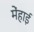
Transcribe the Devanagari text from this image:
मेंहाई